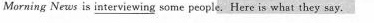
Morning News is interviewing some people. Here is what they say.